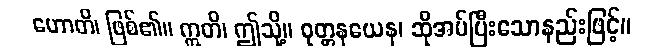
ဟောတိ၊ ဖြစ်၏။ ဣတိ၊ ဤသို့။ ဝုတ္တနယေန၊ ဆိုအပ်ပြီးသောနည်းဖြင့်။